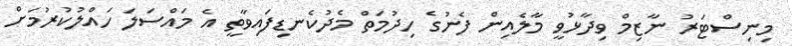
މިނިސްޓަރު ނާޒިމް ވިދާޅުވީ މާލެއިން ފެނުގެ ހިދުމަތް މެދުކެނޑިފައިވާތީ އެ މައްސަލަ ހައްލުކުރުމަށް